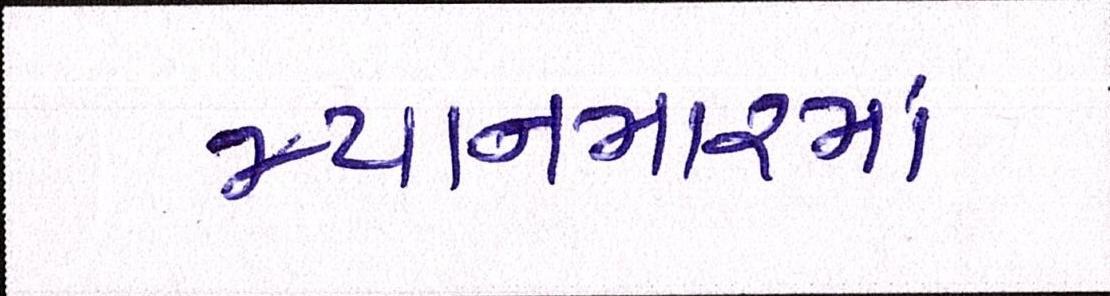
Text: મ્યાનમારમાં